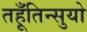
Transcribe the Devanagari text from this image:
तहूँतिन्सुयो